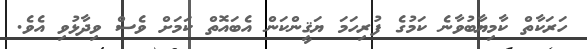
ހަރަކާތް ކާމިޔާބުވާނެ ކަމުގެ ފުރިހަމަ ޔަޤީންކަން އެބައޮތް ކަމަށް ވެސް ވިދާޅުވި އެވެ.